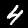
Label: 4